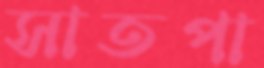
সাতপা